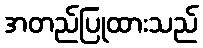
အတည်ပြုထားသည်